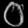
Digit: ၀